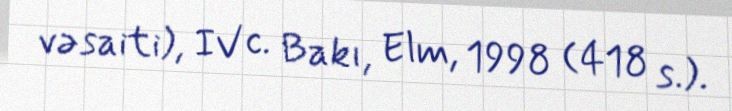
vəsaiti), IV c. Bakı, Elm, 1998 (418 s.).